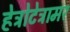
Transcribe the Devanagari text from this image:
हेट्रोटेट्रामर